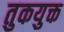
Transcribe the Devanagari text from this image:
तुकयुक्त